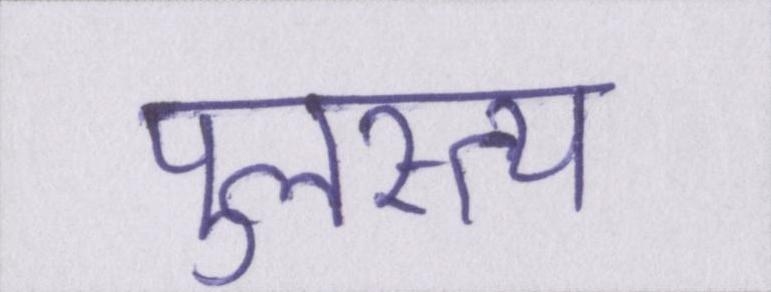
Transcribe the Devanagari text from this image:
पुलस्त्य